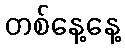
တစ်နေ့နေ့